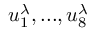
u _ { 1 } ^ { \lambda } , . . . , u _ { 8 } ^ { \lambda }